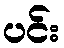
ပင်း